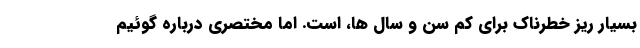
بسیار ریز خطرناک برای کم سن و سال ها، است. اما مختصری درباره گوئیم